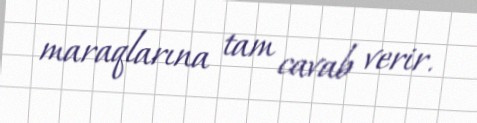
maraqlarına tam cavab verir.